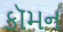
કૉમન